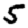
Digit: 5